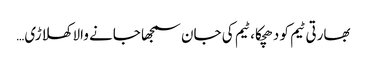
بھارتی ٹیم کو دھچکا، ٹیم کی جان سمجھا جانے والا کھلاڑی…